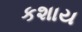
કશાય